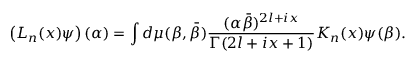
\left( { \cal L } _ { n } ( x ) \psi \right) ( \alpha ) = \int d \mu ( \beta , \bar { \beta } ) \frac { ( \alpha \bar { \beta } ) ^ { 2 l + i x } } { \Gamma ( 2 l + i x + 1 ) } K _ { n } ( x ) \psi ( \beta ) .